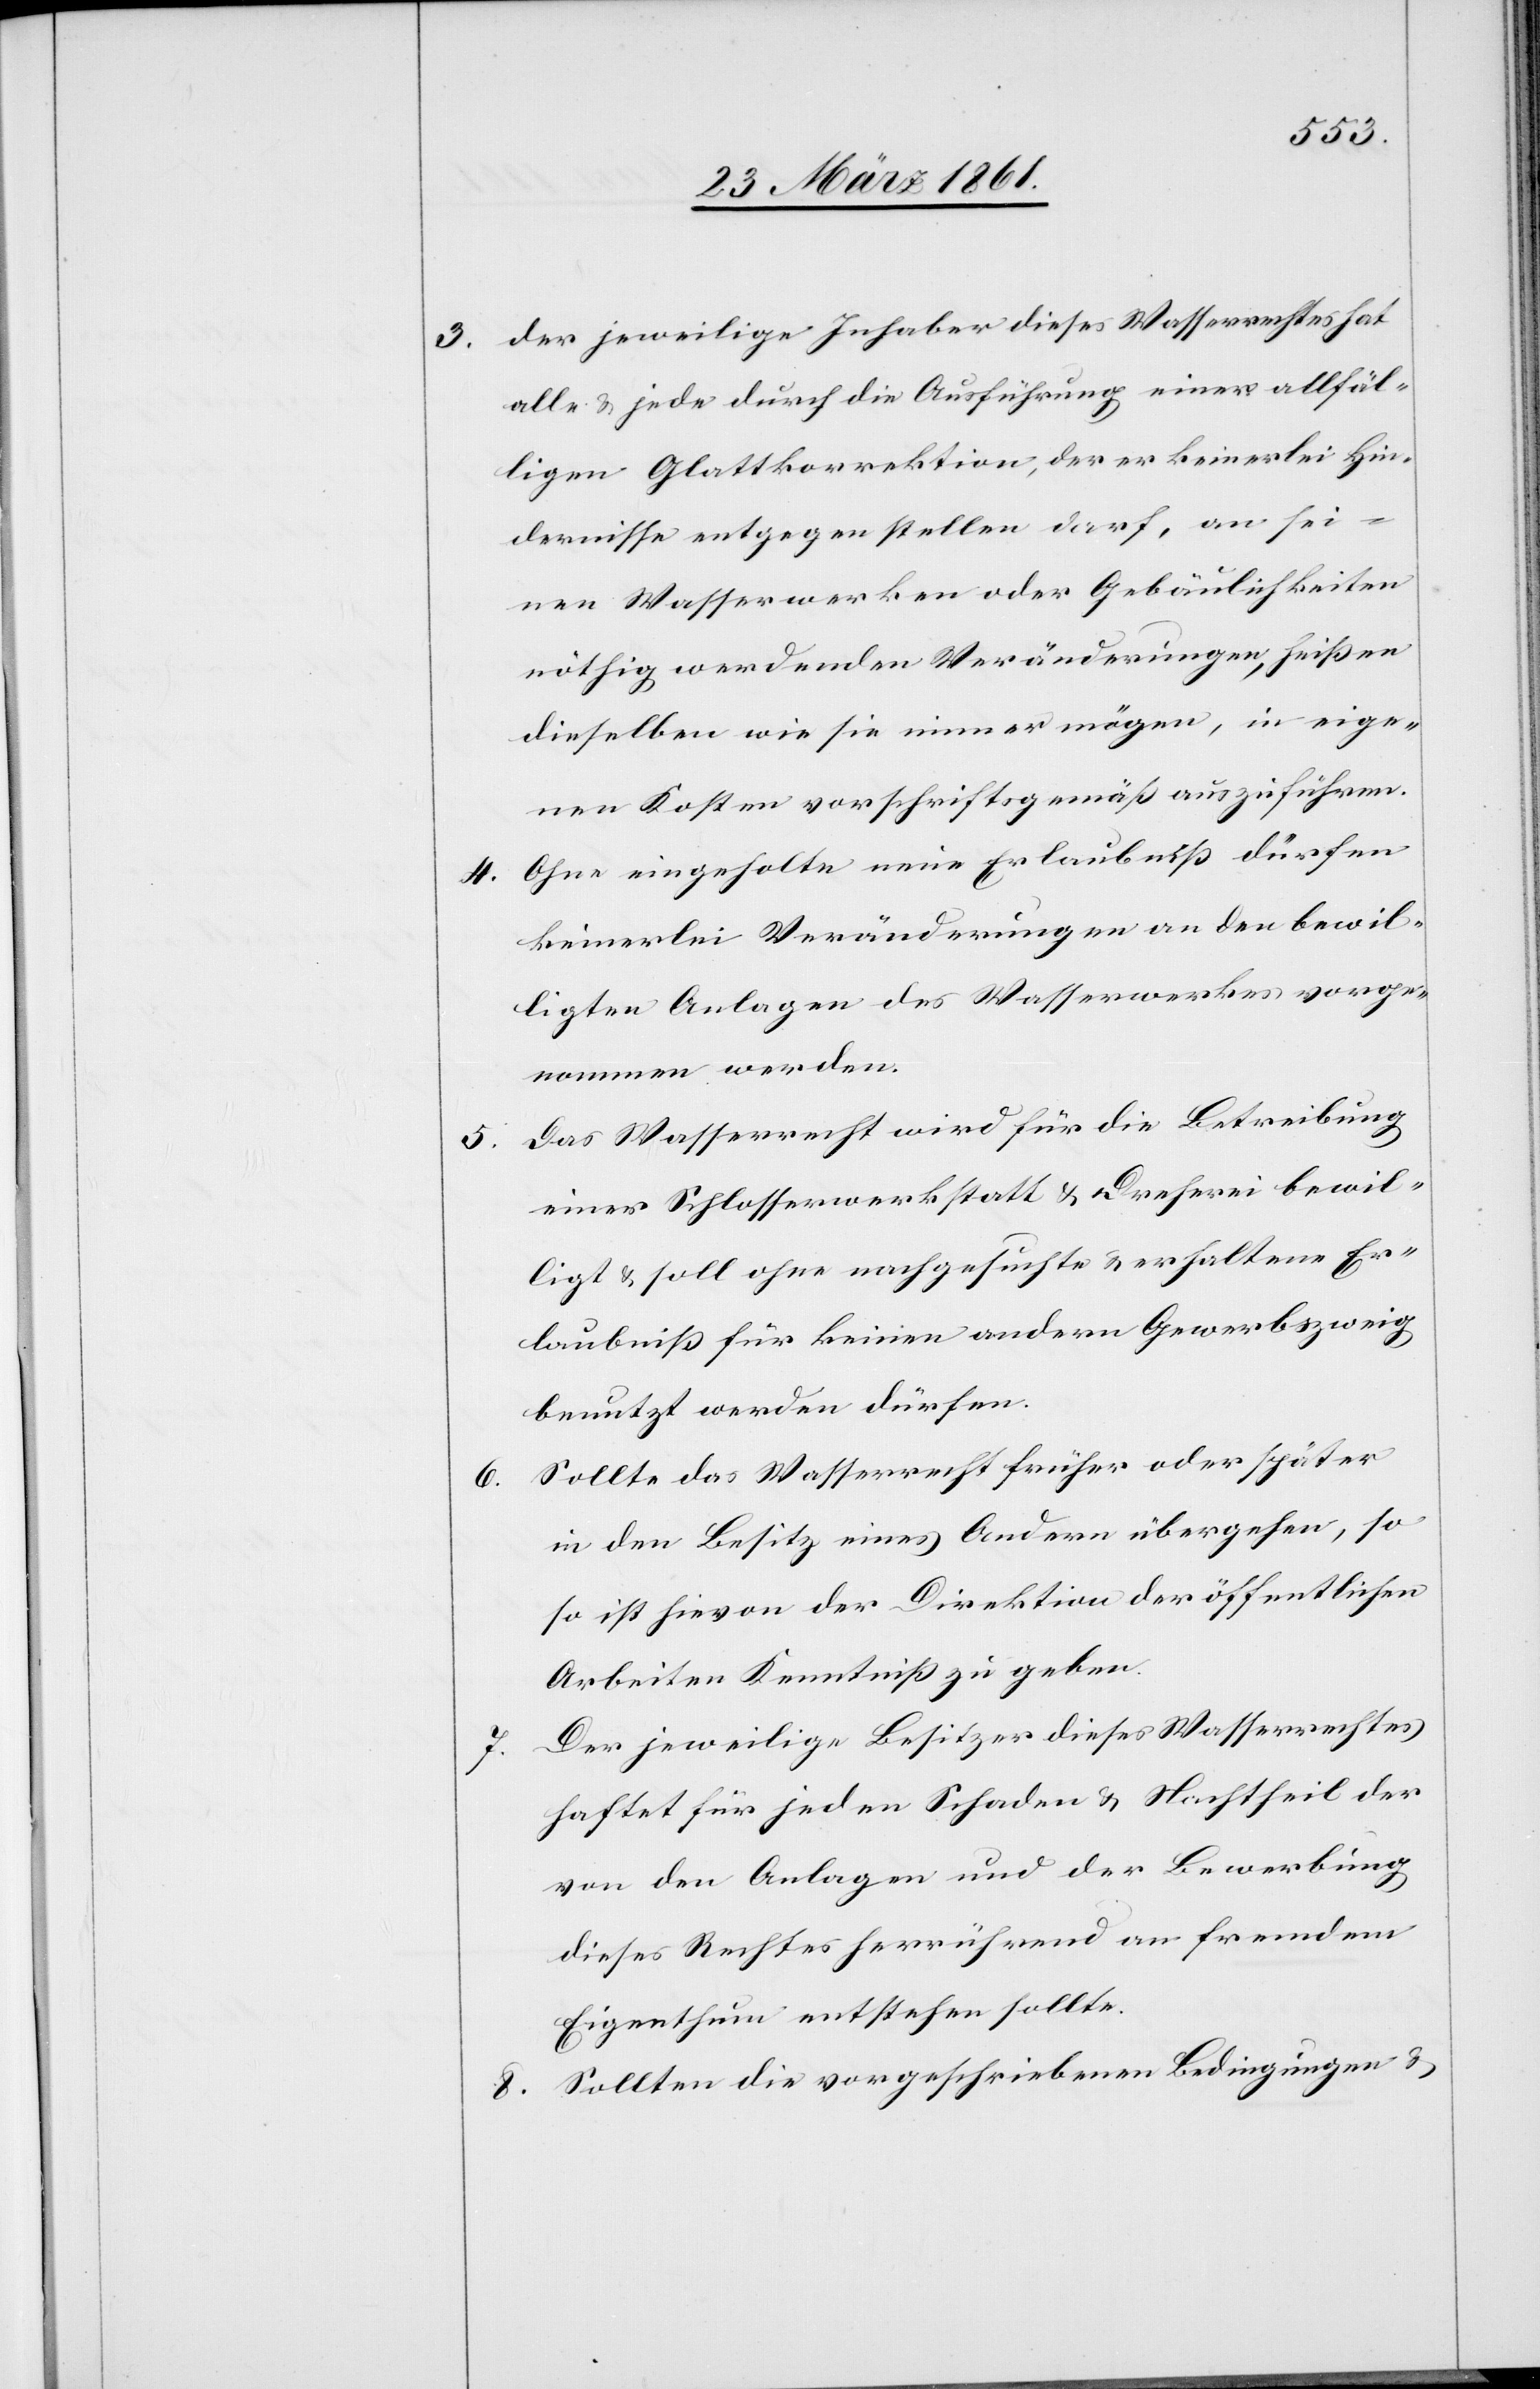
5.

8.

3. Der jeweilige Inhaber dieses Wasserrechtes hat
alle u. jede durch die Ausführung einer allfäl¬
ligen Glattkorrektion, der er keinerlei Hin¬
dernisse entgegenstellen darf, an sei¬
nen Wasserwerken oder Gebäulichkeiten
nöthig werdenden Veränderungen, heißen
dieselben wie sie immer mögen, in eige¬
nen Kosten vorschriftsgemäß auszuführen.
4. Ohne eingeholte neue Erlaubniß dürfen
keinerlei Veränderungen an den bewil¬
ligten Anlagen des Wasserwerks vorge¬
nommen werden.
Das Wasserrecht wird für die Betreibung
einer Schlosserwerkstatt u. Dreherei bewil¬
ligt u. soll ohne nachgesuchte u. erhaltene Er¬
laubniß für keinen andern Gewerbszweig
benutzt werden dürfen.
Sollte das Wasserrecht früher oder später
in den Besitz eines Andern übergehen, so
ist hievon der Direktion der öffentlichen
Arbeiten Kenntniß zu geben.
Der jeweilige Besitzer dieses Wasserrechtes
haftet für jeden Schaden u. Nachtheil der
von den Anlagen und der Bewerbung
dieses Rechtes herrührend an fremdem
Eigenthum entstehen sollte.
Sollten die vorgeschriebenen Bedingungen u.